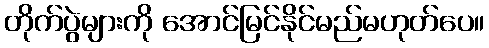
တိုက်ပွဲများကို အောင်မြင်နိုင်မည်မဟုတ်ပေ။